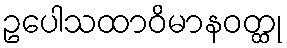
ဥပေါသထာဝိမာနဝတ္ထု